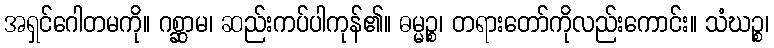
အရှင်ဂေါတမကို။ ဂစ္ဆာမ၊ ဆည်းကပ်ပါကုန်၏။ ဓမ္မဉ္စ၊ တရားတော်ကိုလည်းကောင်း။ သံဃဉ္စ၊